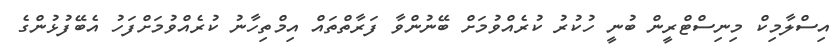
އިސްލާމިކް މިނިސްޓްރީން ބުނީ ހުކުރު ކުރެއްވުމަށް ބޭނުންވާ ފަރާތްތައް އިމްތިހާނު ކުރެއްވުމަށްފަހު އެބޭފުޅުންގެ